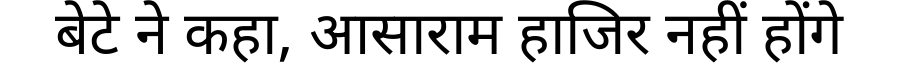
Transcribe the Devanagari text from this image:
बेटे ने कहा, आसाराम हाजिर नहीं होंगे